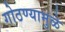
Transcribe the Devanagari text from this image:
गोठण्यामुळे